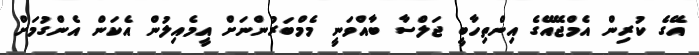
އޭގެ ކުރިން އެމްޖޭއޭގެ އިންތިހާބީ ޖަލްސާ ބާއްވަނީ މެމްބަރުންނަށް އީމެއިލުން އެކަން އެންގުމަށް